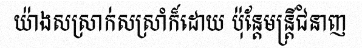
យ៉ាងសស្រាក់សស្រាំក៏ដោយ ប៉ុន្តែមន្ត្រីជំនាញ